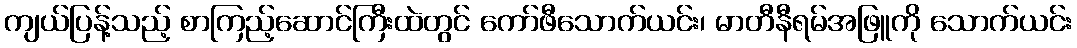
ကျယ်ပြန့်သည့် စာကြည့်ဆောင်ကြီးထဲတွင် ကော်ဖီသောက်ယင်း၊ မာတီနီရမ်အဖြူကို သောက်ယင်း